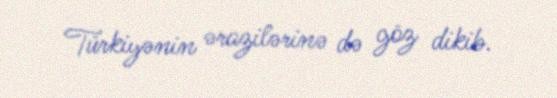
Türkiyənin ərazilərinə də göz dikib.